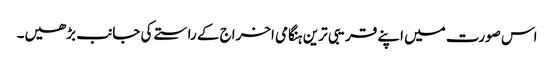
اس صورت میں اپنے قریبی ترین ہنگامی اخراج کے راستے کی جانب بڑھیں۔